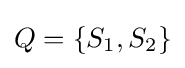
Q=\{S_{1},S_{2}\}